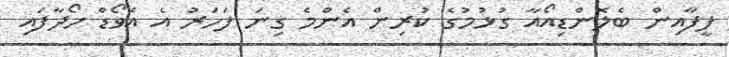
ފީފާއިން ބެލޮންޑިއޯއާ ގުޅުމުގެ ކުރިން އެންމެ ގިނަ ފަހަރު އެ އެވޯޑް ހޯދާފައި